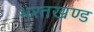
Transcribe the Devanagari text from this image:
भरतखण्ड